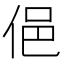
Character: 俋